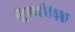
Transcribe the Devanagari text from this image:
सुवर्णचंपक